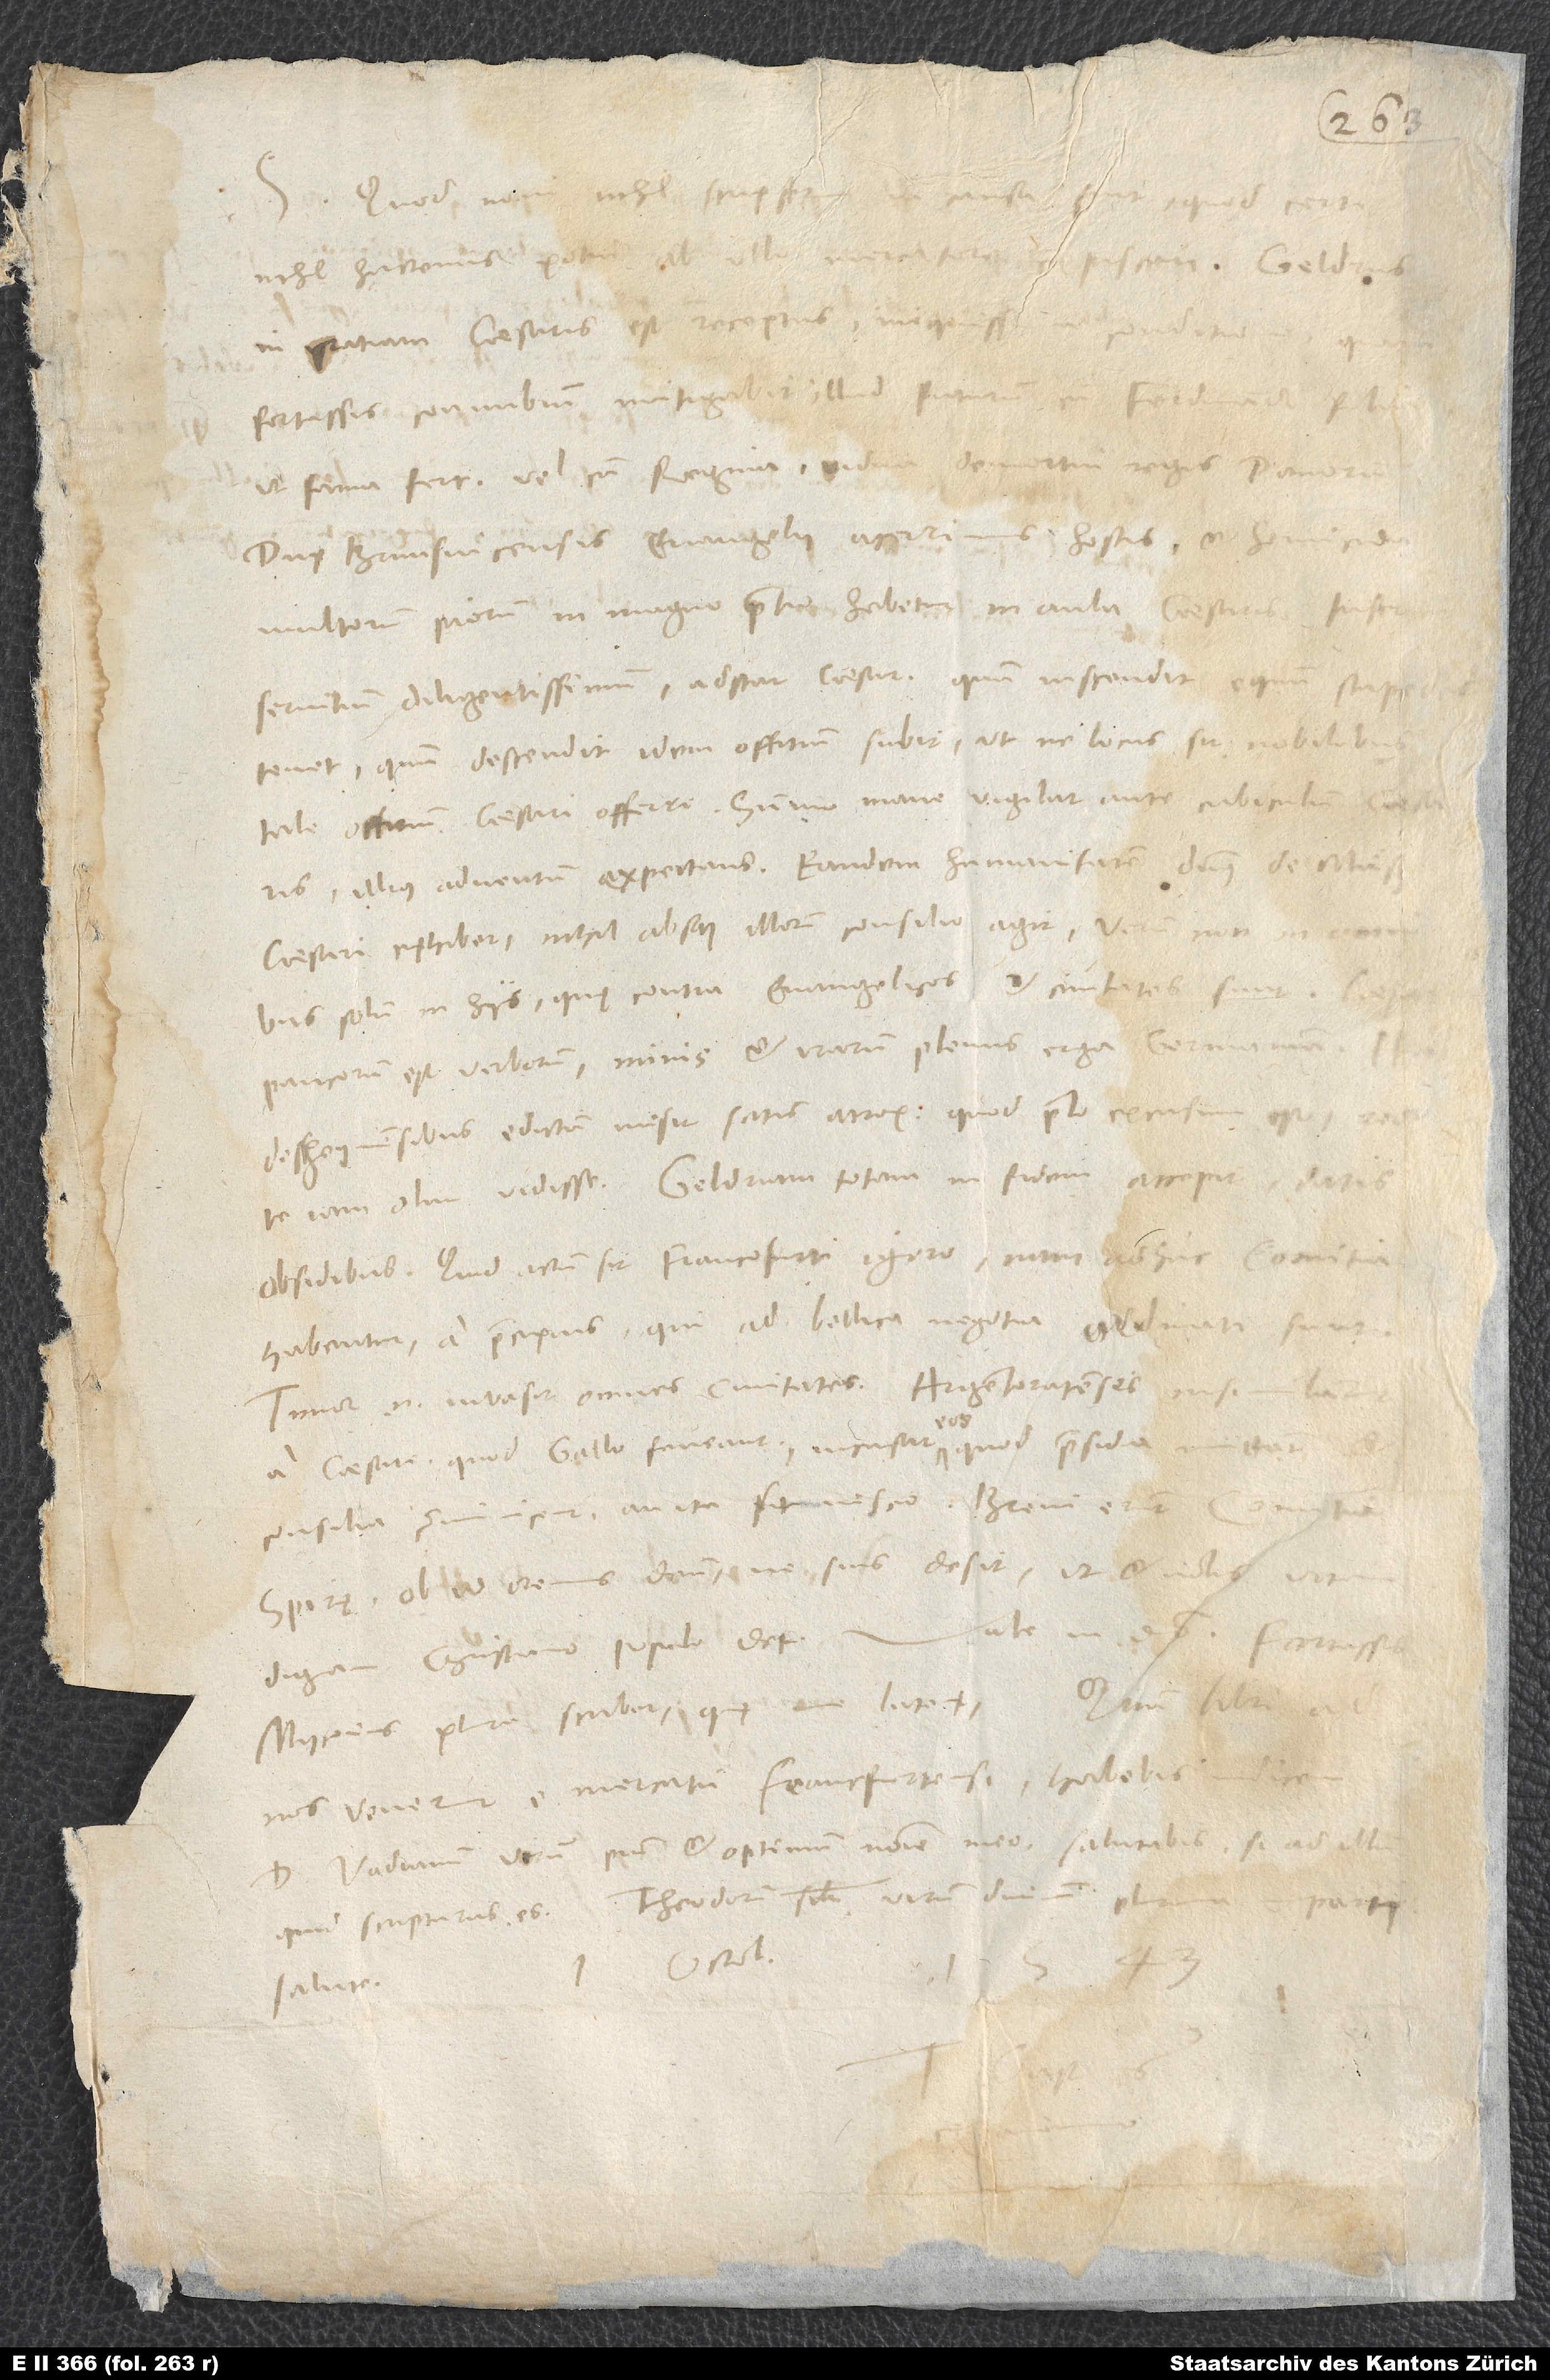
Quod novi nihil scripserim,
nihil hactenus potui ab illo mercatore
gratiam caesaris est receptus iniquissima conditione,
fortassis connubium mitigabit illud futurum cum Ferdinandi filia,
ut fama fert, vel cum regina vidua demortui regis Danorum.
Dux Brunsvicensis, evangelii acerrimus hostis et homicida
multorum piorum, in magno pretio habetur in aula caesaris. Inservit
servitium diligentissimum, adstat caesari, quum inscendit equum, stapedes
tenet; quum descendit, idem officium subit, ut ne locus sit nobilibus
tale offitium caesari offerre. Summo mane vigilat ante cubiculum
illius adventum expectans. Eandem humanitatem dominus de Müß
caesari exhibet; nihil absque illorum consilio agit, verum non
solum in hiis, quę contra evangelicos et civitates sunt.
paucorum est verborum, minis et irarum plenus erga Germaniam.
Heildesheymensibus edictum misit satis atrox, quod prelo excusum est; reor
te iam olim vidisse. Geldriam totam in fidem accepit datis
obsidibus. Quid actum sit Francofurti, ignoro; nam adhuc comitia
habentur a praecipuis, qui ad bellica negotia ordinati sunt.
Timor enim invasit omnes civitates. Argentoratenses insimulantur
caesare, quod Gallo faveant; incusat eos, quod praesidia mittant
consilia communicent; an ita sit, nescio. Brevi erunt
Spirę; ob id oremus dominum, ne suis desit, ut et nobis vitam
dignam christiano populo det. Vale in domino. Fortassis
Myconius plura scribet, quę me latent. Quum libri ad
nos venerint e mercatu Francfurtensi, habebis indicem.
D. Vadianum, virum pium et optimum, nomine meo salutabis, si ad illum
quid scripturus es; Theodorum similiter, virum divinum, plurima imparti
1. octobris
salute.